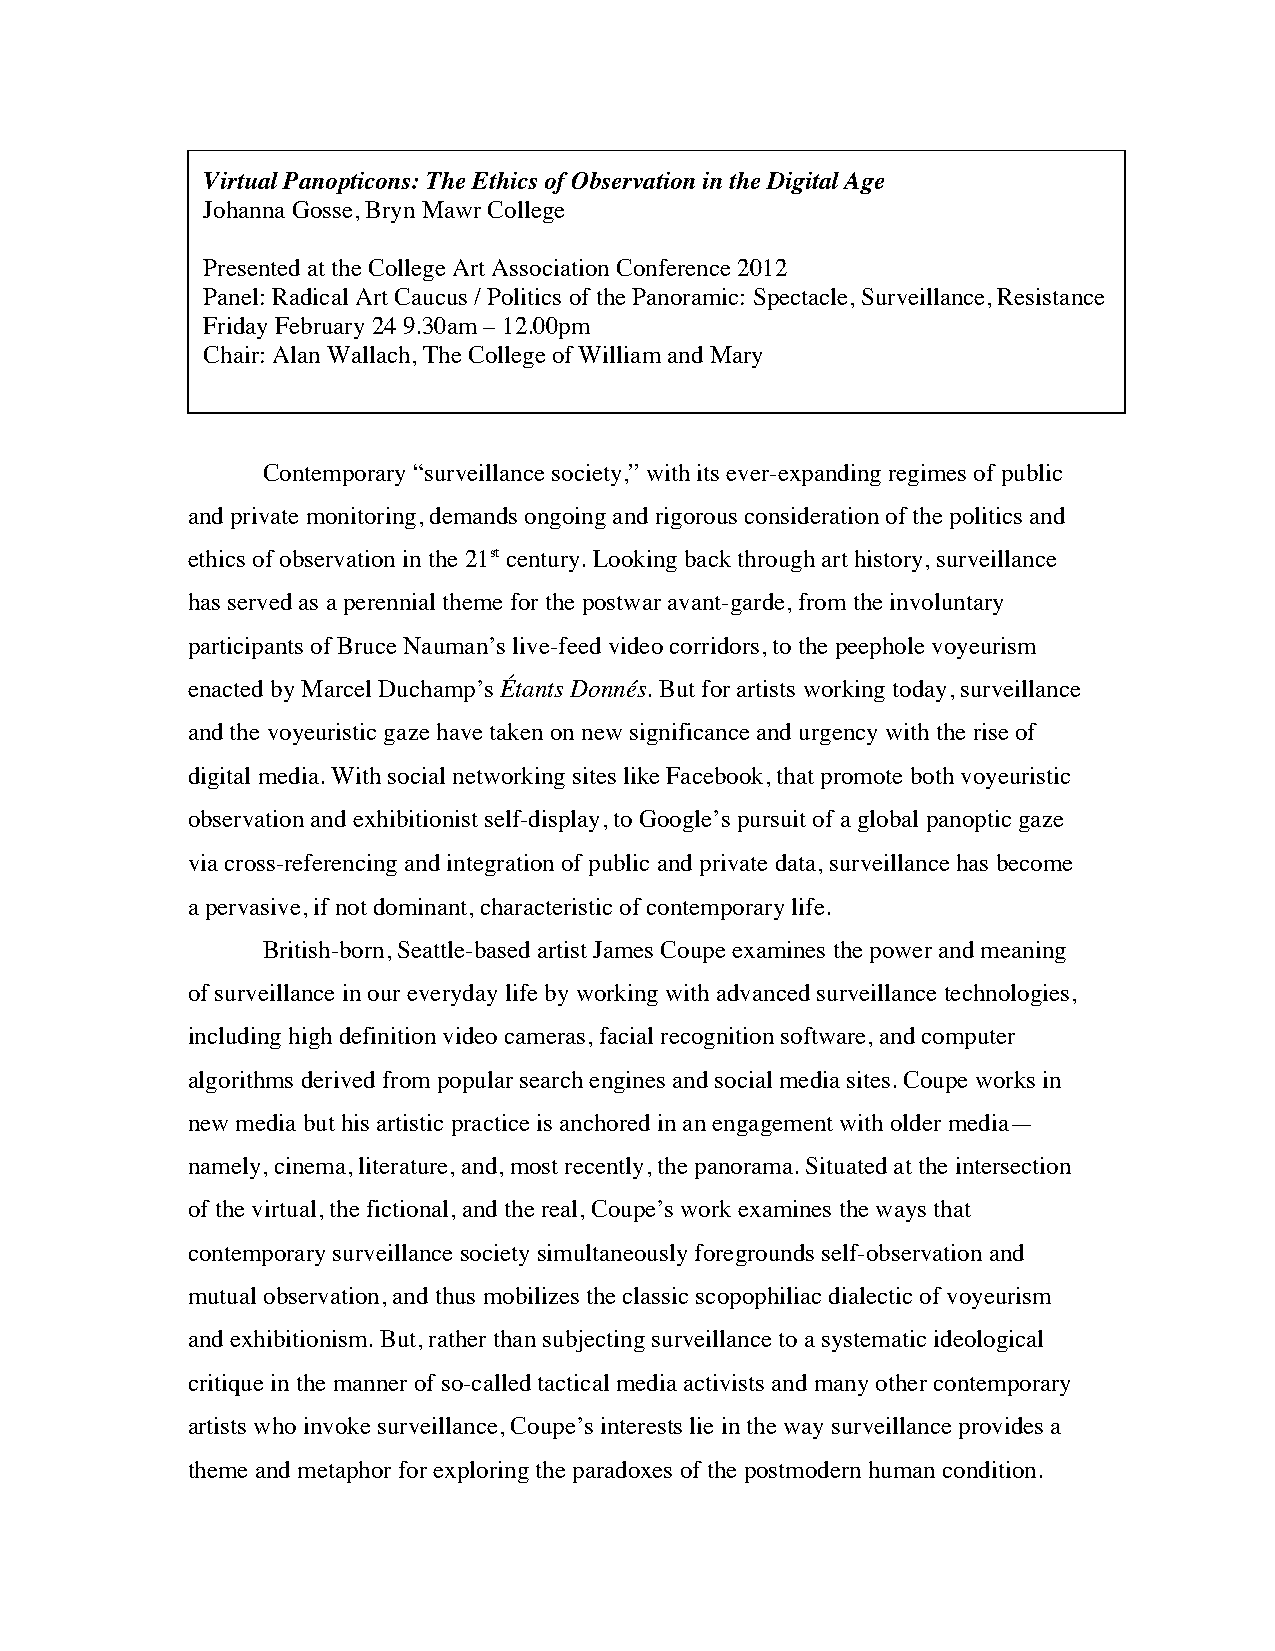
Virtual Panopticons: The Ethics of Observation in the Digital Age
 Johanna Gosse, Bryn Mawr College
 Presented at the College Art Association Conference 2012
 Panel: Radical Art Caucus / Politics of the Panoramic: Spectacle, Surveillance, Resistance
 Friday February 24 9.30am – 12.00pm
 Chair: Alan Wallach, The College of William and Mary
 Contemporary “surveillance society,” with its ever-expanding regimes of public
 and private monitoring, demands ongoing and rigorous consideration of the politics and
 ethics of observation in the 21st century. Looking back through art history, surveillance
 has served as a perennial theme for the postwar avant-garde, from the involuntary
 participants of Bruce Nauman’s live-feed video corridors, to the peephole voyeurism
 enacted by Marcel Duchamp’s Étants Donnés. But for artists working today, surveillance
 and the voyeuristic gaze have taken on new significance and urgency with the rise of
 digital media. With social networking sites like Facebook, that promote both voyeuristic
 observation and exhibitionist self-display, to Google’s pursuit of a global panoptic gaze
 via cross-referencing and integration of public and private data, surveillance has become
 a pervasive, if not dominant, characteristic of contemporary life.
 British-born, Seattle-based artist James Coupe examines the power and meaning
 of surveillance in our everyday life by working with advanced surveillance technologies,
 including high definition video cameras, facial recognition software, and computer
 algorithms derived from popular search engines and social media sites. Coupe works in
 new media but his artistic practice is anchored in an engagement with older media—
 namely, cinema, literature, and, most recently, the panorama. Situated at the intersection
 of the virtual, the fictional, and the real, Coupe’s work examines the ways that
 contemporary surveillance society simultaneously foregrounds self-observation and
 mutual observation, and thus mobilizes the classic scopophiliac dialectic of voyeurism
 and exhibitionism. But, rather than subjecting surveillance to a systematic ideological
 critique in the manner of so-called tactical media activists and many other contemporary
 artists who invoke surveillance, Coupe’s interests lie in the way surveillance provides a
 theme and metaphor for exploring the paradoxes of the postmodern human condition.